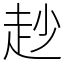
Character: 赻